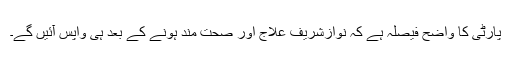
پارٹی کا واضح فیصلہ ہے کہ نوازشریف علاج اور صحت مند ہونے کے بعد ہی واپس آئیں گے۔